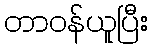
တာဝန်ယူပြီး